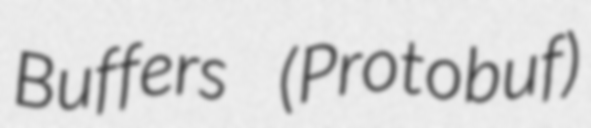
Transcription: Buffers (Protobuf)